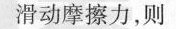
滑动摩擦力，则